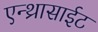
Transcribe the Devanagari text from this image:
एन्थ्रासाईट